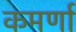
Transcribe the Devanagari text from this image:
कमर्णा